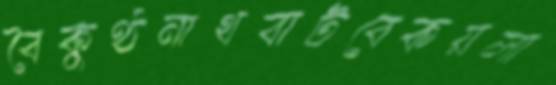
বৈকুণ্ঠনাথবাটবেকয়লা